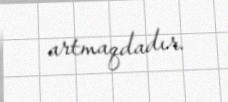
artmaqdadır.